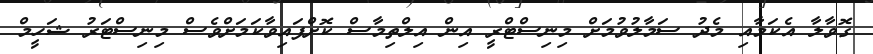
ގޮވާލާ އެކަމާއި މެދު ސަމާލުވުމަށް މިނިސްޓްރީ އިން އިލްތިމާސް ކޮށްފައިވާކަމަށްވެސް މިނިސްޓަރު ޝަހީމް